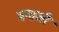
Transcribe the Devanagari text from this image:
बगाजी